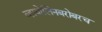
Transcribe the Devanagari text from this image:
व्हायोलिनबरोबरच